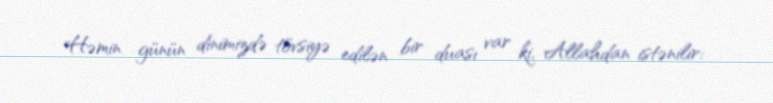
Həmin günün dinimizdə tövsiyə edilən bir duası var ki, Allahdan istənilir: